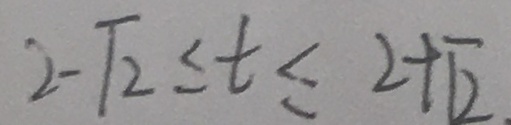
2 - \sqrt { 2 } \leq t \leq 2 + \sqrt { 2 }